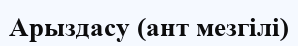
Арыздасу (ант мезгілі)